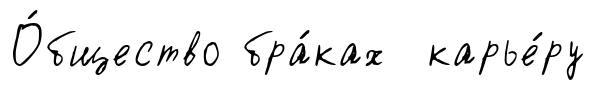
О́бщество бра́ках карье́ру